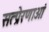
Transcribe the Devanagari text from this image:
सत्प्रेरणाओं